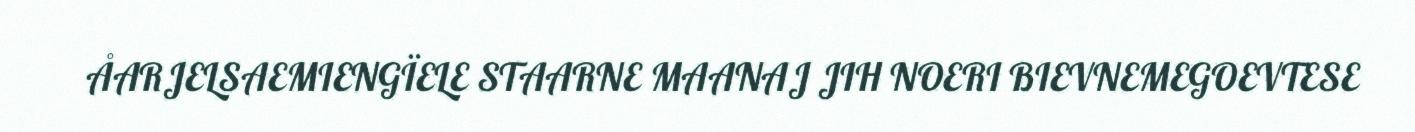
ÅARJELSAEMIENGÏELE STAARNE MAANAJ JIH NOERI BIEVNEMEGOEVTESE